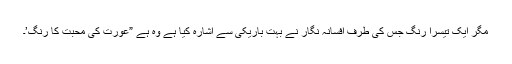
مگر ایک تیسرا رنگ جس کی طرف افسانہ نگار نے بہت باریکی سے اشارہ کیا ہے وہ ہے ”عورت کی محبت کا رنگ’۔